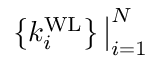
\left\{ k _ { i } ^ { \mathrm { W L } } \right\} \big | _ { i = 1 } ^ { N }